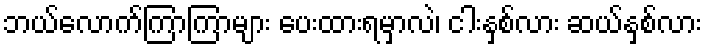
ဘယ်လောက်ကြာကြာများ ပေးထားရမှာလဲ၊ ငါးနှစ်လား ဆယ်နှစ်လား